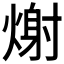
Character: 𭵪